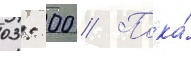
03: 00 // Пока́